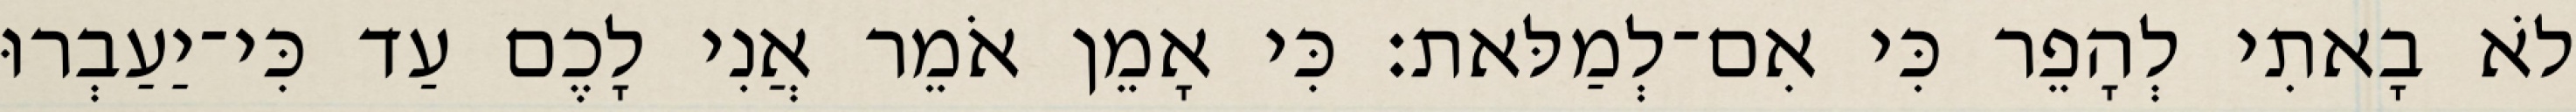
לֹא בָאתִי לְהָפֵר כִּי אִם־לְמַלּאת׃ כִּי אָמֵן אֹמֵר אֲנִי לָכֶם עַד כִּי־יַעַבְרוּ